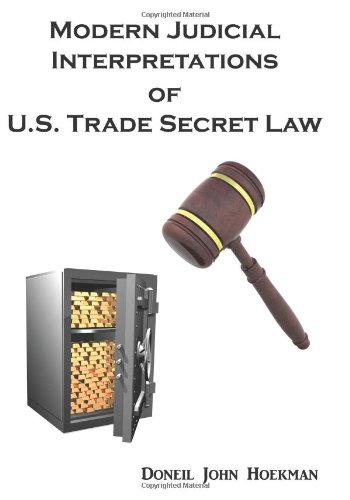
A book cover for Modern Judicial Interpretations of U.S. Trade Secret Law; Doneil John Hoekman; Law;